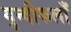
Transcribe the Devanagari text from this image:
गुन्दीकलाँ